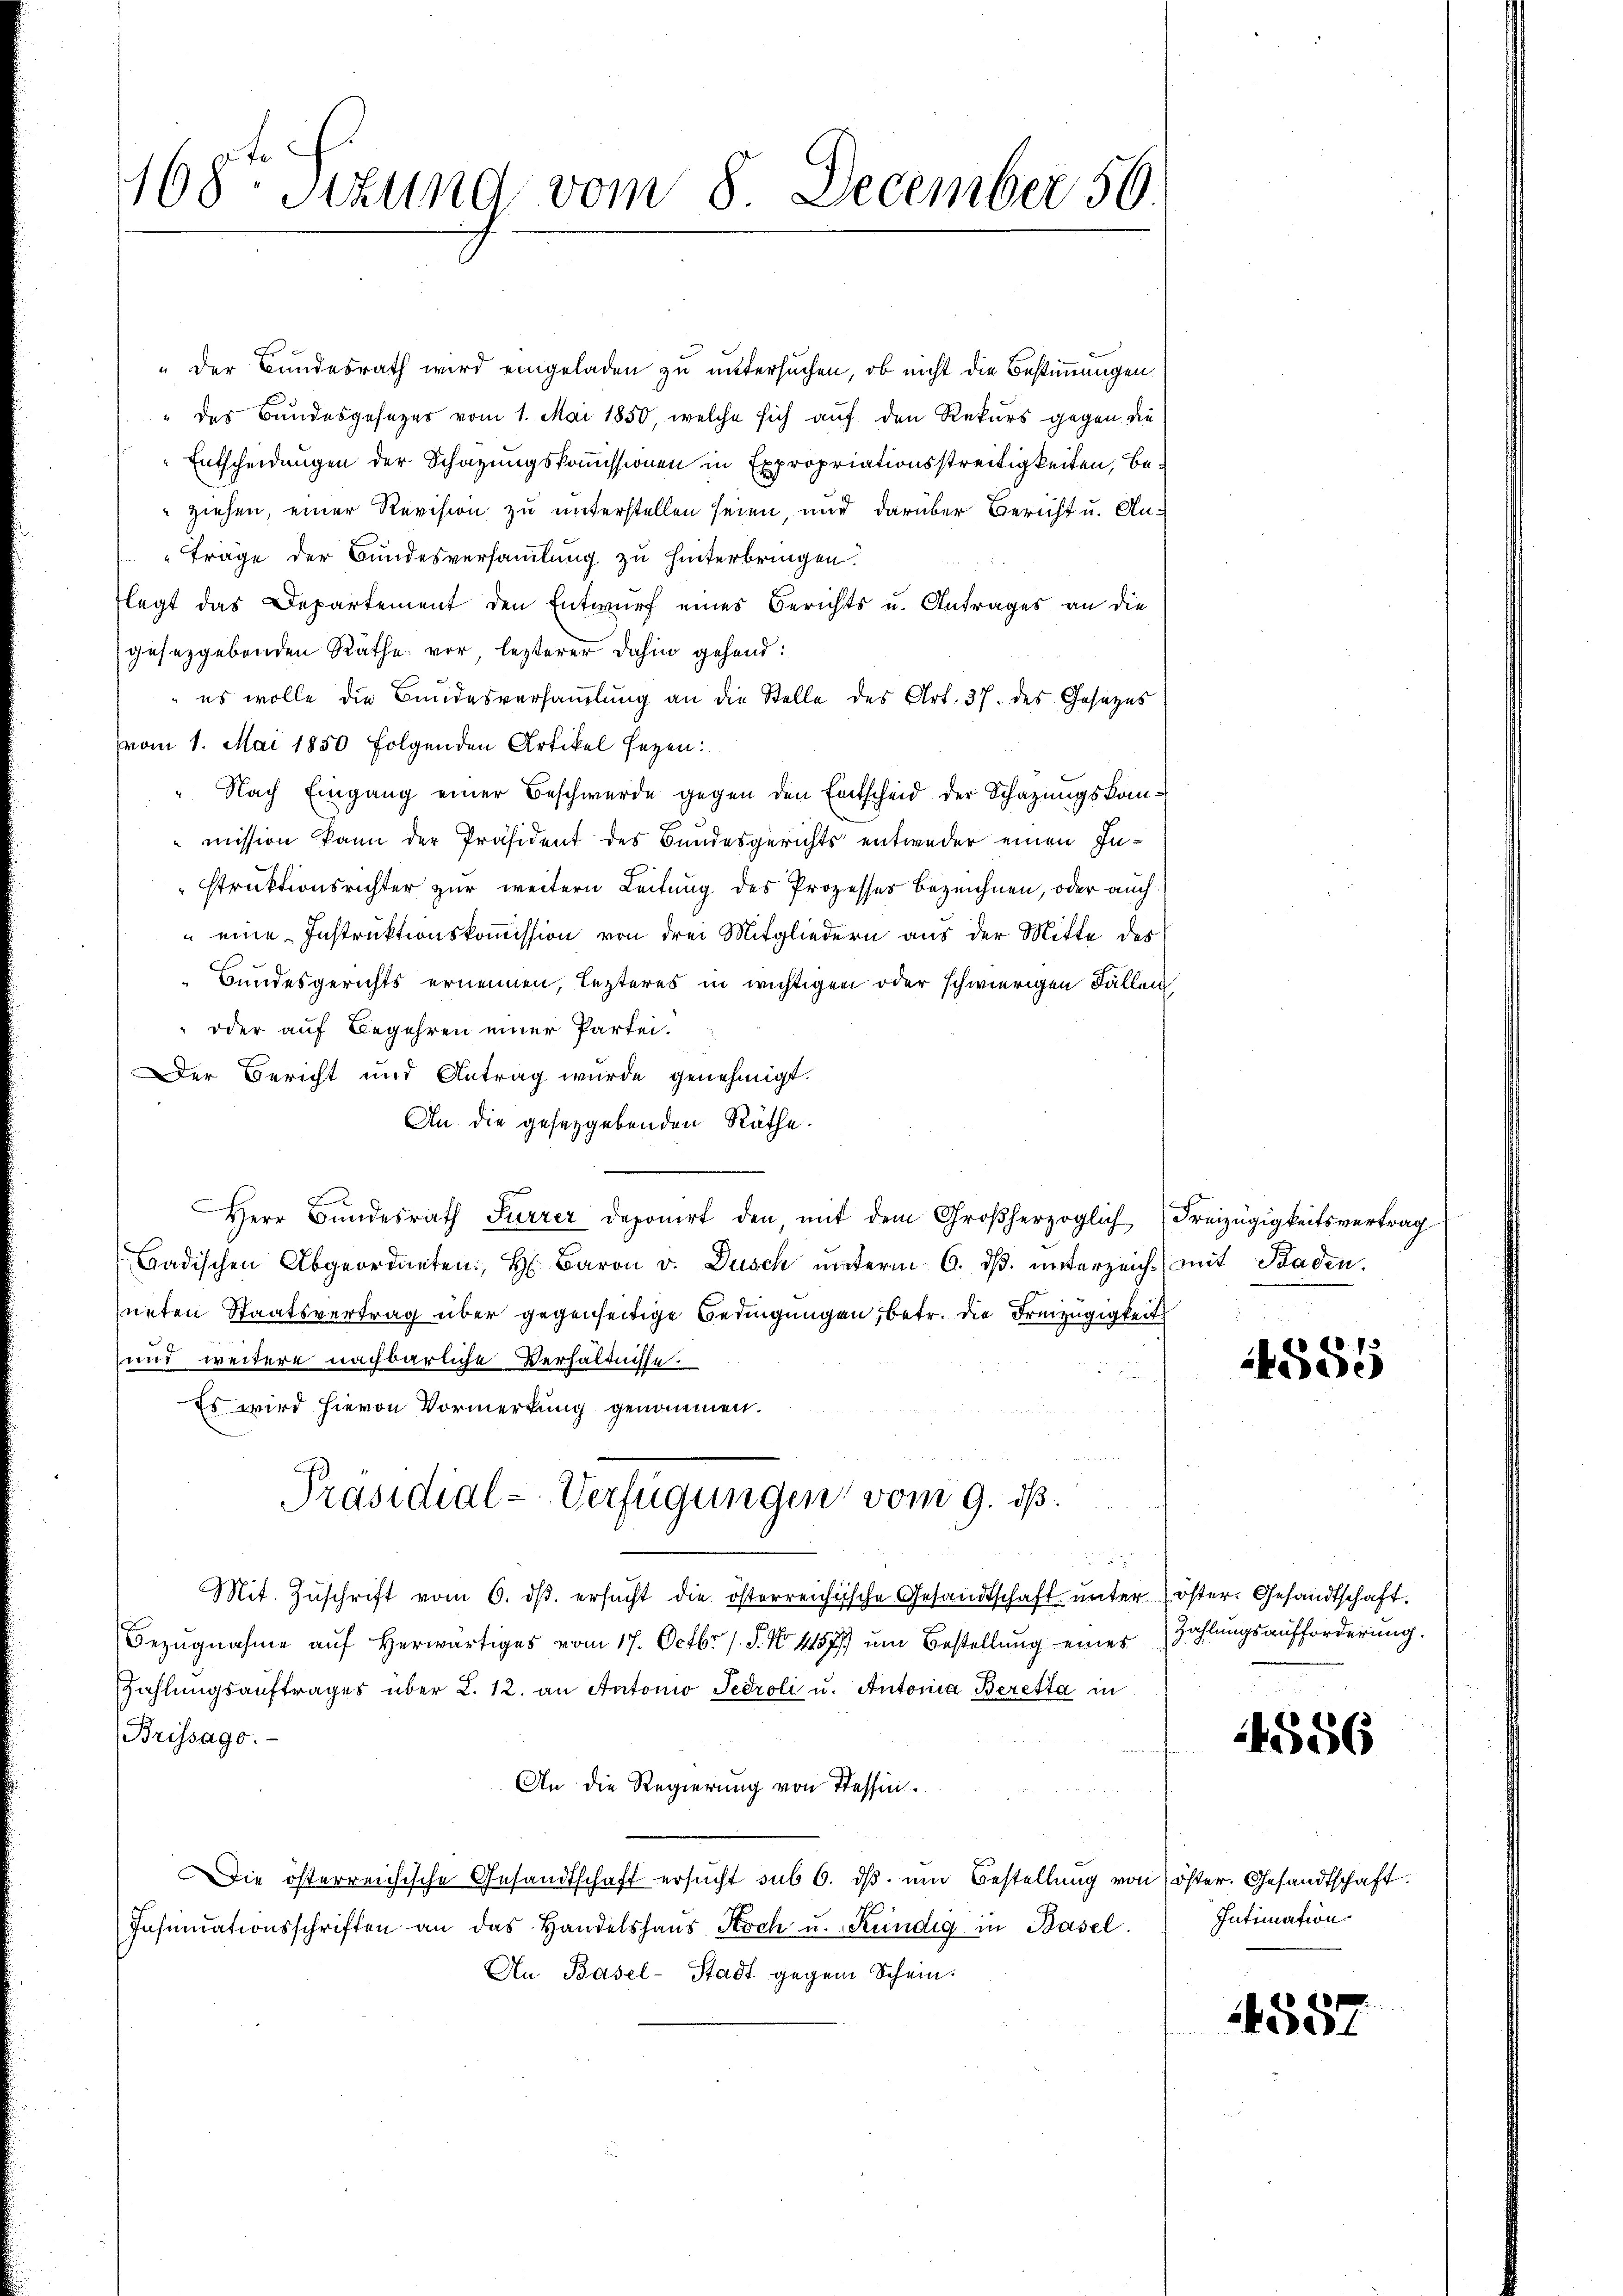
168. Stund vom 8. December 56

" der Bundesrath wird eingeladen zu untersuchen, ob nicht die Bestimmungen
" des Bundesgesezes vom 1. Mai 1850, welche sich auf den Rekurs gegen die
Entscheidungen der Schazungskommissionen in Expropriationsstreitigkeiten, beziehen, einer Revision zu unterstellen seien, und darüber Bericht u. An¬
Träge der Bundesversammlung zu hinterbringen.
flegt das Departement den Entwurf eines Berichts u. Antrages an die
gesetzgebenden Räthe vor, lezterer dahin gehend:
es wolle die Bundesversammlung an die Stelle des Art. 37. des Gesetzes
vom 1. Mai 1850 folgenden Artikel sezen:
" Nach Eingang einer Beschwerde gegen den Entscheid der Schazungskommission kann der Präsident des Bundesgerichts entweder einen Instruktionsrichter zur weitern Leitung des Prozesser bezeichnen, oder auch
" eine Instruktionskommission von drei Mitgliedern aus der Mitte des
Bundesgerichts ernennen, lezteres in wichtigen oder schwierigen Fällen
oder auf Begehren einer Partei-
Der Bericht und Antrag wurde genehmigt.
An die gesetzgebenden Räthe.
Herr Bundesrath Furrer deponirt den, mit dem Großherzoglich Freizügigkeitsvertrag
Badischen Abgeordneten, H. Baron v. Dusch ŭnterm 6. dβ. ŭnterzeich mit Baden.
neten Staatsvertrag über gegenseitige Bedingungen, betr. die Freizügigkeit
und weitere nachbarliche Verhältnisse.
Es wird hievon Vormerkung genommen.
Präsidial-Verfügungen vom 9. ds.
Mit Zŭschrift vom 6. dβ. ersucht die österreichische Gesandtschaft ŭnter öster- Gesandtschaft.
Bezŭgnahme aŭf herwärtiges vom 17. Octbr. 1 S. N. 11577 ŭm Bestellŭng eines Zahlŭngsaufforderŭng.
Zahlungsauftrages über L. 12. an Antonio Sedroli u. Antonia Beretta in
Brissage.
An die Regierung von Tessin.
Die österreichische Gesandtschaft ersucht sub 6. ds. um Bestellung von öster. Gesandtschaft.
Insinuationsschriften an das Handelshaŭs Koch u. Kündig in Basel.
An Basel-Stadt gegen Schein:

4585

4556

Intimation

4557